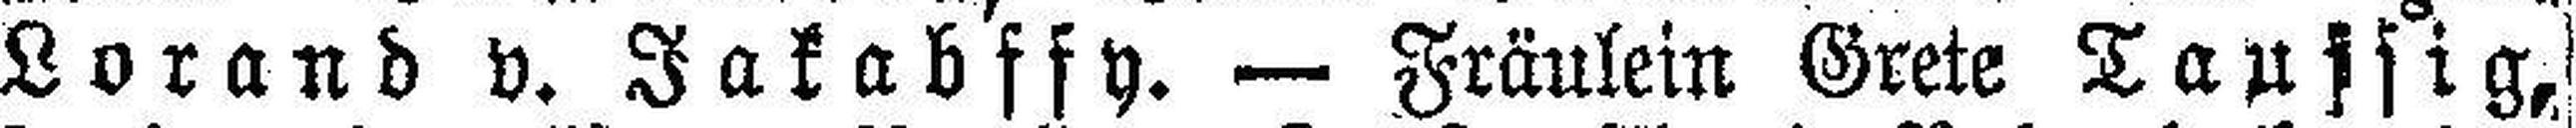
Lorand v. Jakabffy. — Fräulein Grete Taussig,